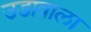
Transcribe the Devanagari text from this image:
उडावाला